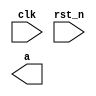
module fpga(
		input		clk,
		input		rst_n,
		output a
		);
		
	endmodule